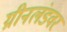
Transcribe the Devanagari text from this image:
ग्रीनलंडवर